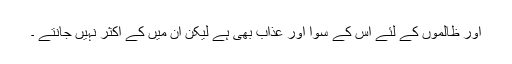
اور ظالموں کے لئے اس کے سوا اور عذاب بھی ہے لیکن ان میں کے اکثر نہیں جانتے ۔